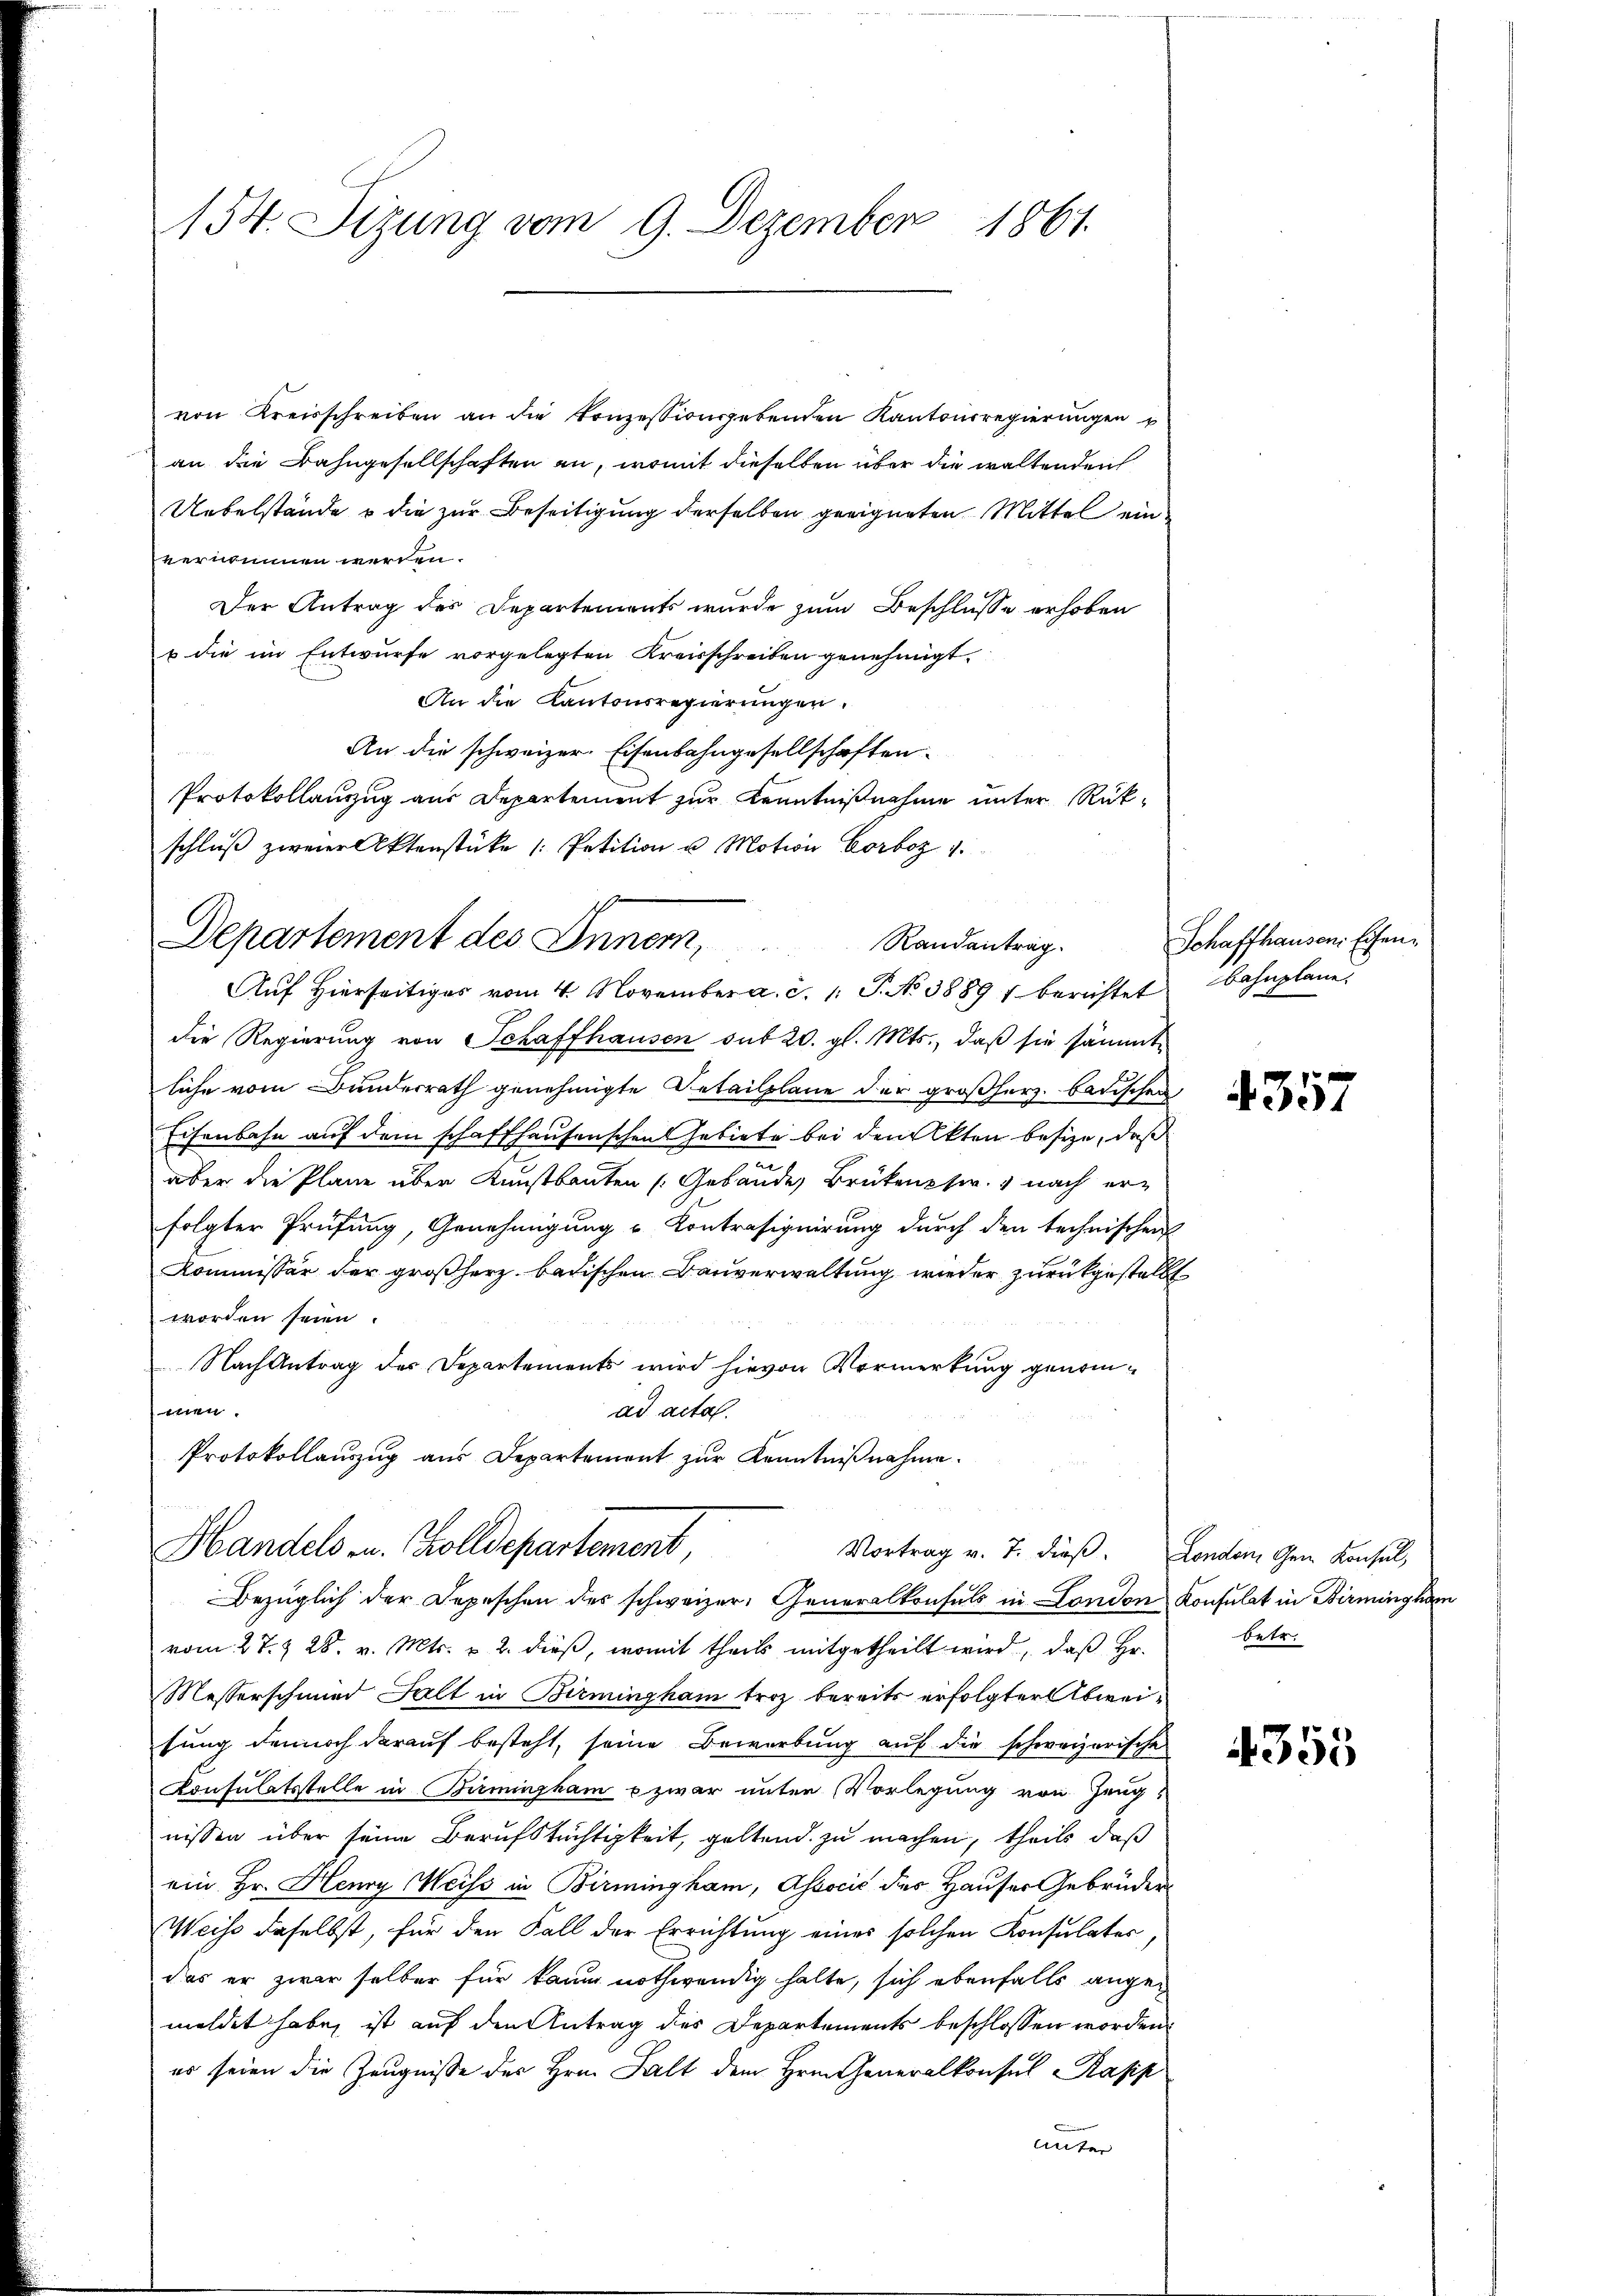
154. Sitzung vom 9. Dezember 1861.

von Kreisschreiben an die Konzessionsgebenden Kantonsregierungen
an die Bahngesellschaften an, womit dieselben über die waltenden
Uebelstände o die zur Beseitigung derselben geeigneten Mittel ein
vernommen werden.
Der Antrag des Departements wurde zum Beschlusse erhoben
u die im Entwurfe vorgelegten Kreisschreiben genehmigt.
An die Kantonsregierungen.
An die schweizer. Eisenbahngesellschaften.
Protokollanzug aus Departement zur Kenntnißnahme unter Rükschluβ zweier Aktenstüke /: Petition u. Motion Corboz 1.
Auf Hierseitiges vom 4. November a. c. 1: P. No 38891 berichtet
die Regierung von Schaffhausen sub 20. gl. Mts., daß sie sämmt
liche vom Bunderrath genehmigte Detailplane der großherz. badischen
Eisenbahn auf dem schaffhausenschen Gebiete bei den Akten besize, daß
aber die Pläne über Kunstbauten (Gebäudes Brükenphw. nach erfolgter Prüfung, Genehmigung u Kontrasignirung durch den technischen
Kommissär der großherz badischen Bauverwaltung wieder zurückgestellt
worden seien.
Nach Antrag der Departements wird hievon Vormerkung genomn
ad acta.
Protokollauszug aus Departement zur Kenntnißnahme.
Handels in Zolldepartement
Vortrag v. 7. dieß. London, Gem. Konsul,
Bezüglich der Depeschen des schweizer, Generalkonsuls in London Konsulat in Birmingham
vom 27. & 28. v. Mts. u 2. dieβ, womit theils mitgetheilt wird, daβ hr. betr.
Messerschmied Halt in Birminzham troz bereits erfolgter Abweifung dennoch darauf besteht, seine Bewerbung auf die schweizerische
Consulatsstelle in Birmingham u zwar unter Vorlegung von Zeugnissen über seine Berufstüchtigkeit, geltend zu machen, theils daß
ein Hr. Henry Meiss in Birmingham, Associć des Hauser Gebrüder
Weise daselbst, für den Fall der Errichtung eines solchen Konsulater,
das er zwar selber für kaum nothwendig halte, sich ebenfalls angemeldet habe, ist auf den Antrag des Departements beschlossen worden
es seien die Zeugnisse des Hrn. Falt dem Hrn. Generalkonsul Rapp
unter

Departement des Innern, Randentrag.

Schaffhausen. Eisenbahnplane.

4357

4355